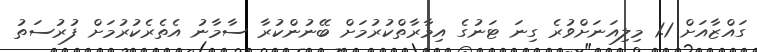
ގައްޒާއަށް 1.1 މިލިއަނަށްވުރެ ގިނަ ޓަނުގެ އިމާރާތްކުރުމަށް ބޭނުންކުރާ ސާމާނު އެތެރެކުރުމަށް ފުރުސަތު